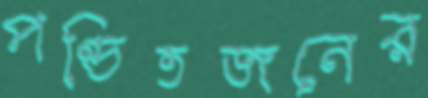
পণ্ডিতজনের